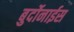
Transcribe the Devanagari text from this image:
बुर्दोनाईस